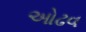
ઓઢવ